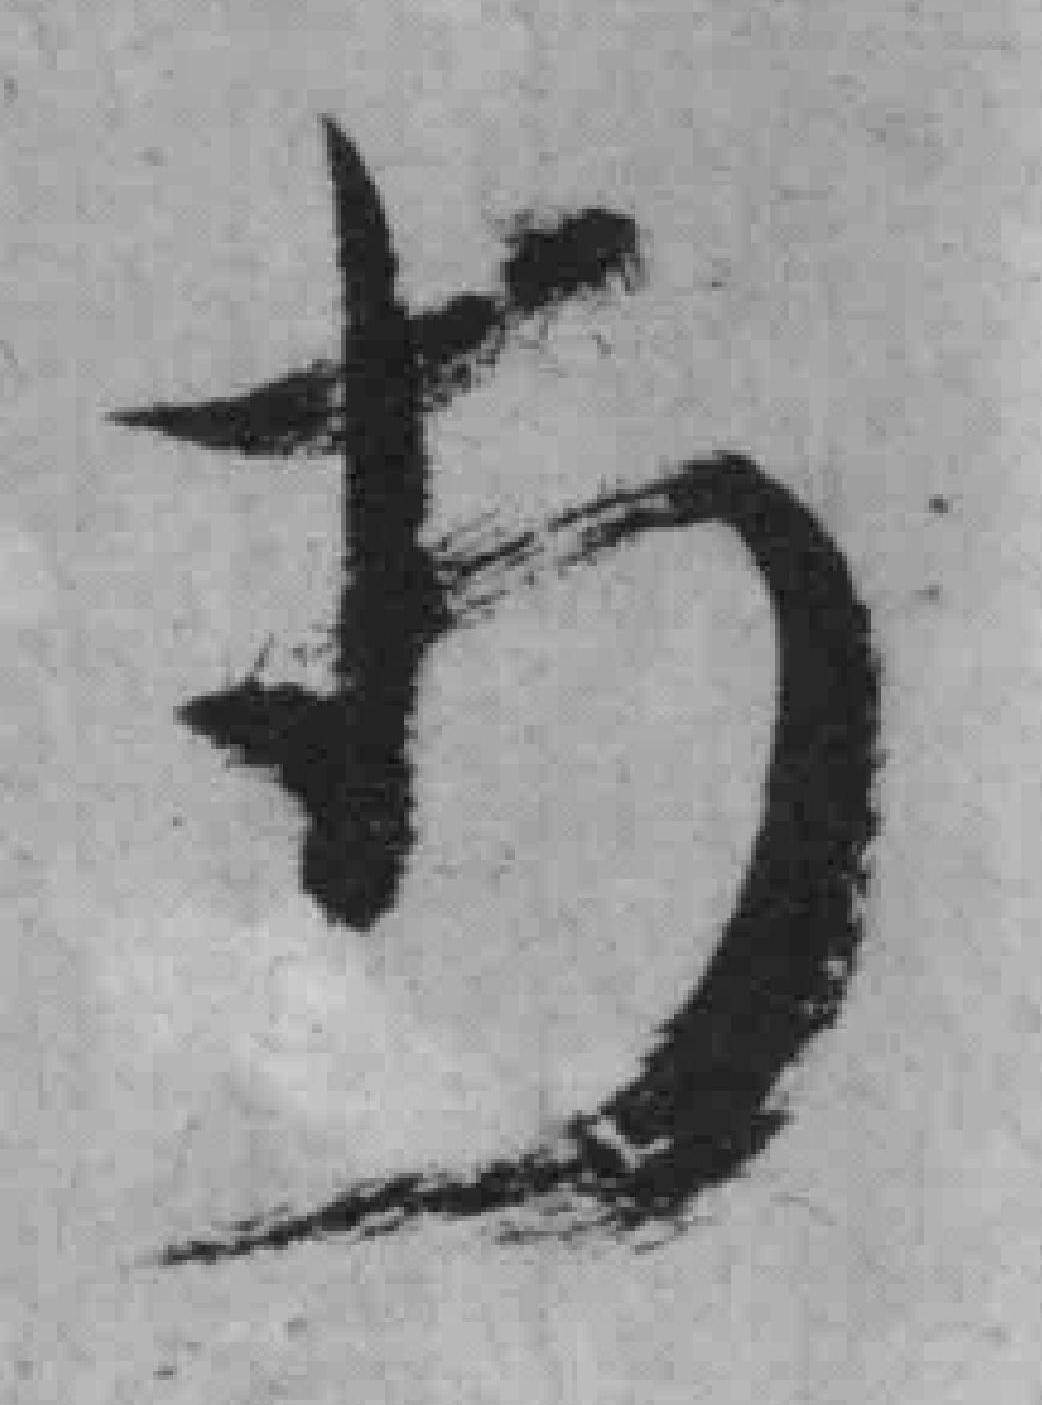
十*